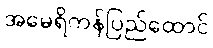
အမေရိကန်ပြည်ထောင်